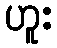
ဟူး